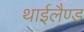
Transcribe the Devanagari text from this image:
थाईलैण्‍ड